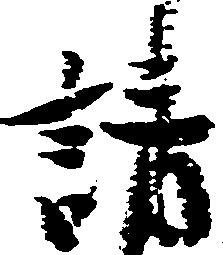
請